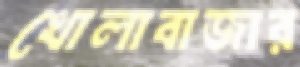
খোলাবাজার